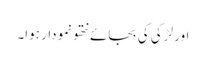
اور لڑکی کی بجائے نتھو نمودار ہوا۔